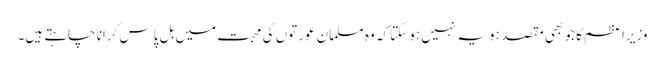
وزیراعظم کا جو بھی مقصد ہو یہ نہیں ہوسکتا کہ وہ مسلمان عورتوں کی محبت میں بل پاس کرانا چاہتے ہیں۔